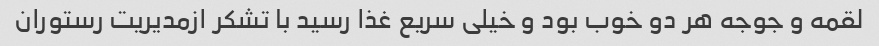
لقمه و جوجه هر دو خوب بود و خیلی سریع غذا رسید با تشکر ازمدیریت رستوران